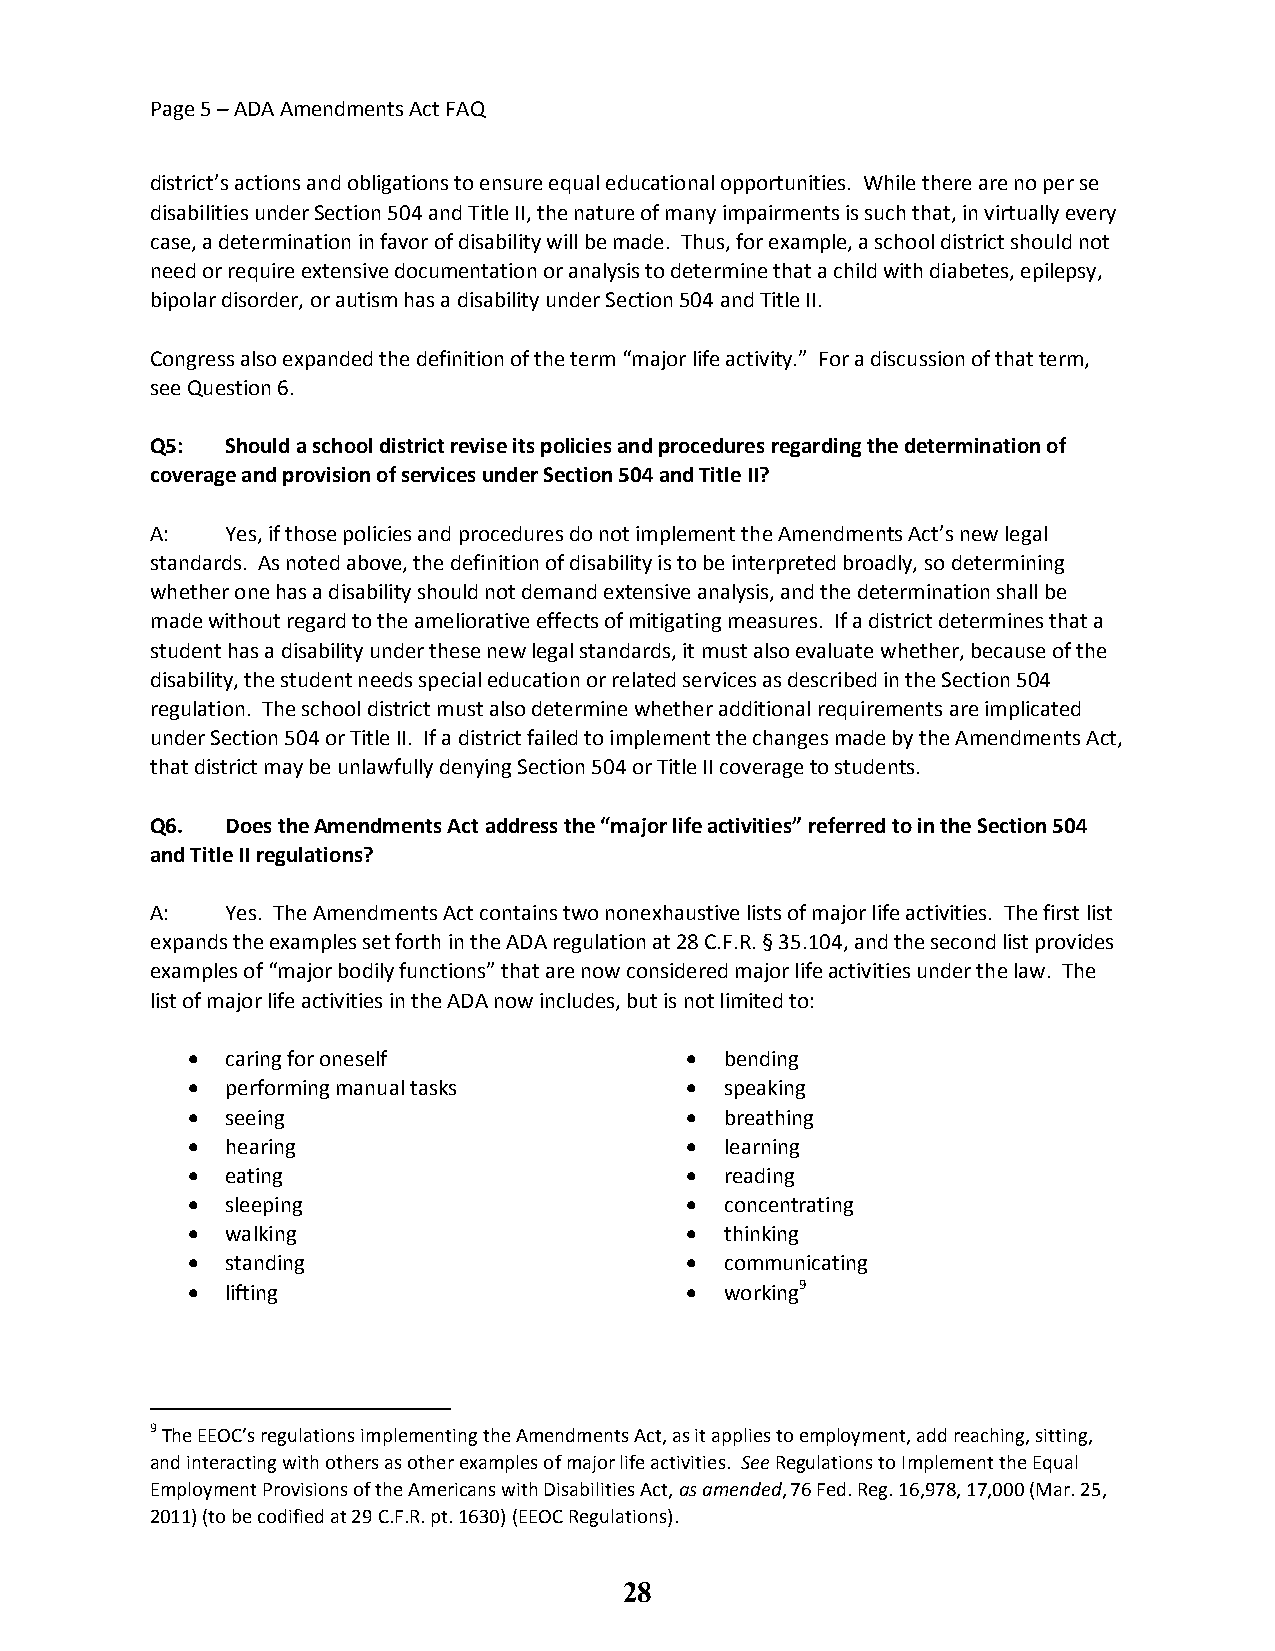
Page 5 – ADA Amendments Act FAQ
 district’s actions and obligations to ensure equal educational opportunities. While there are no per se
 disabilities under Section 504 and Title II, the nature of many impairments is such that, in virtually every
 case, a determination in favor of disability will be made. Thus, for example, a school district should not
 need or require extensive documentation or analysis to determine that a child with diabetes, epilepsy,
 bipolar disorder, or autism has a disability under Section 504 and Title II.
 Congress also expanded the definition of the term “major life activity.” For a discussion of that term,
 see Question 6.
 Q5:  Should a school district revise its policies and procedures regarding the determination of
 coverage and provision of services under Section 504 and Title II?
 A:   Yes, if those policies and procedures do not implement the Amendments Act’s new legal
 standards. As noted above, the definition of disability is to be interpreted broadly, so determining
 whether one has a disability should not demand extensive analysis, and the determination shall be
 made without regard to the ameliorative effects of mitigating measures. If a district determines that a
 student has a disability under these new legal standards, it must also evaluate whether, because of the
 disability, the student needs special education or related services as described in the Section 504
 regulation. The school district must also determine whether additional requirements are implicated
 under Section 504 or Title II. If a district failed to implement the changes made by the Amendments Act,
 that district may be unlawfully denying Section 504 or Title II coverage to students.
 Q6.  Does the Amendments Act address the “major life activities” referred to in the Section 504
 and Title II regulations?
 A:   Yes. The Amendments Act contains two nonexhaustive lists of major life activities. The first list
 expands the examples set forth in the ADA regulation at 28 C.F.R. § 35.104, and the second list provides
 examples of “major bodily functions” that are now considered major life activities under the law. The
 list of major life activities in the ADA now includes, but is not limited to:
 Major Life Activities            Major Life Activities Continued
   caring for oneself              bending
   performing manual tasks         speaking
   seeing                          breathing
   hearing                         learning
   eating                          reading
   sleeping                        concentrating
   walking                         thinking
   standing                        communicating
   lifting                         working9
 9 The EEOC’s regulations implementing the Amendments Act, as it applies to employment, add reaching, sitting,
 and interacting with others as other examples of major life activities. See Regulations to Implement the Equal
 Employment Provisions of the Americans with Disabilities Act, as amended, 76 Fed. Reg. 16,978, 17,000 (Mar. 25,
 2011) (to be codified at 29 C.F.R. pt. 1630) (EEOC Regulations).
 28